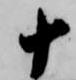
十